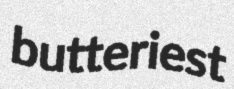
butteriest